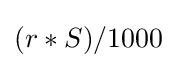
(r*S)/1000